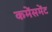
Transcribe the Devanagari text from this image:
कमेंसमेंट